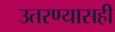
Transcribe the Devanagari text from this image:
उतरण्यासही